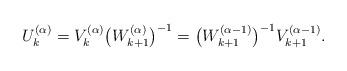
LaTeX: \begin{align*}U_{k}^{(\alpha)}=V_{k}^{(\alpha)}\big(W_{k+1}^{(\alpha)}\big)^{-1}=\big(W_{k+1}^{(\alpha-1)}\big)^{-1}V_{k+1}^{(\alpha-1)}.\end{align*}